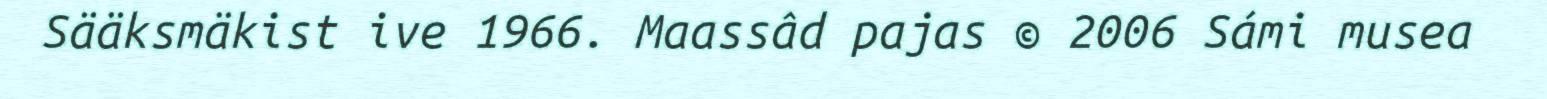
Sääksmäkist ive 1966. Maassâd pajas © 2006 Sámi musea